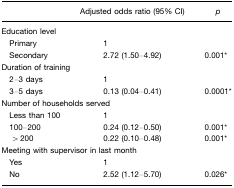
<table><thead><tr><td></td><td><b>Adjusted odds ratio (95% CI)</b></td><td><b><i>p</i></b></td></tr></thead><tbody><tr><td>Education level</td><td></td><td></td></tr><tr><td> Primary</td><td>1</td><td></td></tr><tr><td> Secondary</td><td>2.72 (1.50–4.92)</td><td>0.001*</td></tr><tr><td colspan="3">Duration of training</td></tr><tr><td> 2–3 days</td><td>1</td><td></td></tr><tr><td> 3–5 days</td><td>0.13 (0.04–0.41)</td><td>0.0001*</td></tr><tr><td colspan="3">Number of households served</td></tr><tr><td> Less than 100</td><td>1</td><td></td></tr><tr><td> 100–200</td><td>0.24 (0.12–0.50)</td><td>0.001*</td></tr><tr><td> &gt;200</td><td>0.22 (0.10–0.48)</td><td>0.001*</td></tr><tr><td colspan="3">Meeting with supervisor in last month</td></tr><tr><td> Yes</td><td>1</td><td></td></tr><tr><td> No</td><td>2.52 (1.12–5.70)</td><td>0.026*</td></tr></tbody></table>